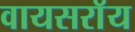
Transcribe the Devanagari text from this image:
वायसराॅय